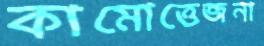
কামোত্তেজনা